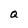
Character: Q